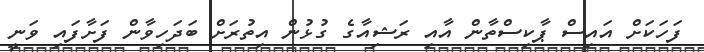
ފަހަކަށް އައިސް ޕާކިސްތާން އާއި ރަޝިއާގެ ގުޅުން އިތުރަށް ބަދަހިވާން ފަށާފައި ވަނީ